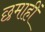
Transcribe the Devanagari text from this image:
छमाहीं